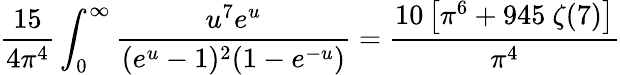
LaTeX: \frac{15}{4\pi^{4}}\int_{0}^{\infty}\frac{u^{7}e^{u}}{(e^{u}-1)^{2}(1-e^{-u})}=\frac{10\left[\pi^{6}+945~\zeta(7)\right]}{\pi^{4}}